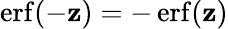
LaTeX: \operatorname{erf}(-\mathbf{z})=-\operatorname{erf}(\mathbf{z})